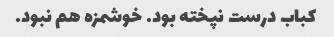
کباب درست نپخته بود. خوشمزه هم نبود.